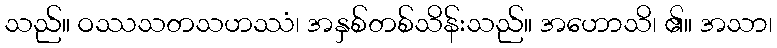
သည်။ ဝဿသတသဟဿံ၊ အနှစ်တစ်သိန်းသည်။ အဟောသိ၊ ၏။ အသာ၊